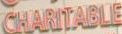
CHARITABLE